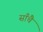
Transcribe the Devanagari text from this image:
साँचै